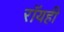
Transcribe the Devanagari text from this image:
रॉयही